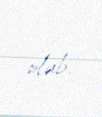
olub.